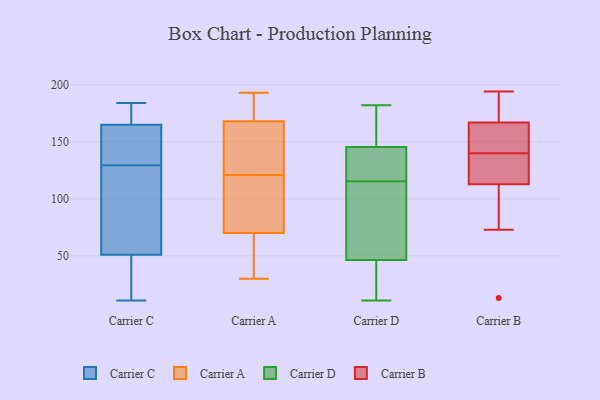
{"axis": {"x": "Churn Rate (%)", "y": "Value"}, "legend": ["Carrier A", "Carrier B", "Carrier C", "Carrier D"], "data": [{"x": "", "y": 21, "type": "Carrier C"}, {"x": "", "y": 130, "type": "Carrier C"}, {"x": "", "y": 180, "type": "Carrier C"}, {"x": "", "y": 165, "type": "Carrier C"}, {"x": "", "y": 159, "type": "Carrier C"}, {"x": "", "y": 45, "type": "Carrier C"}, {"x": "", "y": 167, "type": "Carrier C"}, {"x": "", "y": 129, "type": "Carrier C"}, {"x": "", "y": 44, "type": "Carrier C"}, {"x": "", "y": 177, "type": "Carrier C"}, {"x": "", "y": 51, "type": "Carrier C"}, {"x": "", "y": 61, "type": "Carrier C"}, {"x": "", "y": 11, "type": "Carrier C"}, {"x": "", "y": 184, "type": "Carrier C"}, {"x": "", "y": 116, "type": "Carrier C"}, {"x": "", "y": 123, "type": "Carrier C"}, {"x": "", "y": 152, "type": "Carrier C"}, {"x": "", "y": 133, "type": "Carrier C"}, {"x": "", "y": 162, "type": "Carrier A"}, {"x": "", "y": 61, "type": "Carrier A"}, {"x": "", "y": 158, "type": "Carrier A"}, {"x": "", "y": 57, "type": "Carrier A"}, {"x": "", "y": 112, "type": "Carrier A"}, {"x": "", "y": 186, "type": "Carrier A"}, {"x": "", "y": 73, "type": "Carrier A"}, {"x": "", "y": 193, "type": "Carrier A"}, {"x": "", "y": 148, "type": "Carrier A"}, {"x": "", "y": 30, "type": "Carrier A"}, {"x": "", "y": 90, "type": "Carrier A"}, {"x": "", "y": 121, "type": "Carrier A"}, {"x": "", "y": 187, "type": "Carrier A"}, {"x": "", "y": 86, "type": "Carrier D"}, {"x": "", "y": 63, "type": "Carrier D"}, {"x": "", "y": 11, "type": "Carrier D"}, {"x": "", "y": 182, "type": "Carrier D"}, {"x": "", "y": 150, "type": "Carrier D"}, {"x": "", "y": 139, "type": "Carrier D"}, {"x": "", "y": 30, "type": "Carrier D"}, {"x": "", "y": 163, "type": "Carrier D"}, {"x": "", "y": 27, "type": "Carrier D"}, {"x": "", "y": 121, "type": "Carrier D"}, {"x": "", "y": 110, "type": "Carrier D"}, {"x": "", "y": 141, "type": "Carrier D"}, {"x": "", "y": 13, "type": "Carrier B"}, {"x": "", "y": 168, "type": "Carrier B"}, {"x": "", "y": 154, "type": "Carrier B"}, {"x": "", "y": 137, "type": "Carrier B"}, {"x": "", "y": 164, "type": "Carrier B"}, {"x": "", "y": 194, "type": "Carrier B"}, {"x": "", "y": 115, "type": "Carrier B"}, {"x": "", "y": 140, "type": "Carrier B"}, {"x": "", "y": 112, "type": "Carrier B"}, {"x": "", "y": 193, "type": "Carrier B"}, {"x": "", "y": 73, "type": "Carrier B"}]}